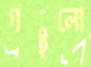
গইলো